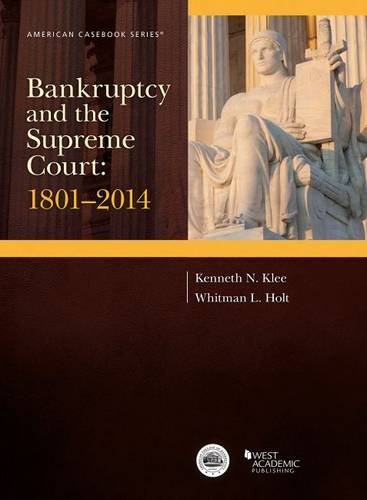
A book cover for Bankruptcy and the Supreme Court: 1801-2014 (American Casebook Series); Kenneth Klee; Law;